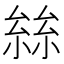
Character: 𡮟